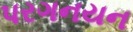
પરગનયન